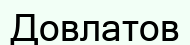
Довлатов